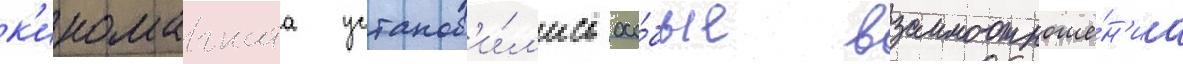
к'иномагната установ'и́л'ись осо́бые взаимоотноше́н'иа